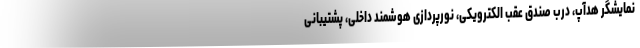
نمایشگر هدآپ، درب صندق عقب الکترویکی، نورپردازی هوشمند داخلی، پشتیبانی